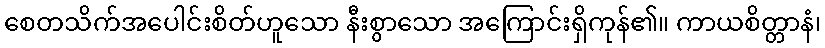
စေတသိက်အပေါင်းစိတ်ဟူသော နီးစွာသော အကြောင်းရှိကုန်၏။ ကာယစိတ္တာနံ၊